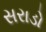
સરાડો